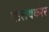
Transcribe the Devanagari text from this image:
पालयकरर